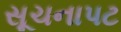
સૂચનાપટ